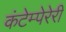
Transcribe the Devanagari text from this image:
कंटेम्पेरेरी